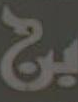
بن